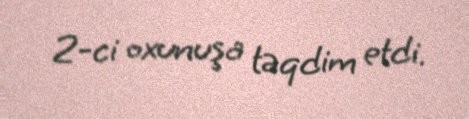
2-ci oxunuşa təqdim etdi.